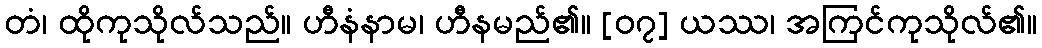
တံ၊ ထိုကုသိုလ်သည်။ ဟီနံနာမ၊ ဟီနမည်၏။ [၀၇] ယဿ၊ အကြင်ကုသိုလ်၏။